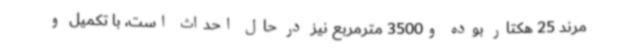
مرند 25 هکتار بوده و3500 مترمربع نیز در حال احداث است، با تکمیل و